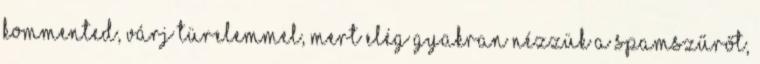
kommented, várj türelemmel, mert elég gyakran nézzük a spamszűrőt,